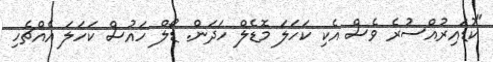
"ކުޑައިރުއްސުރެ ވެސް އެކި ކަހަލަ މޮޑެލް ހަދަން. ޑޯލް ހައުސް ކަހަލަ އެއްޗެހި